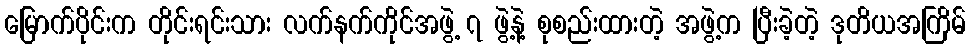
မြောက်ပိုင်းက တိုင်းရင်းသား လက်နက်ကိုင်အဖွဲ့ ၇ ဖွဲ့နဲ့ စုစည်းထားတဲ့ အဖွဲ့က ပြီးခဲ့တဲ့ ဒုတိယအကြိမ်